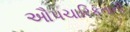
ઔપચારિકતાની